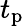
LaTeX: t_{\mathrm{p}}